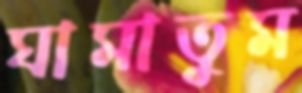
ঘামাতুম